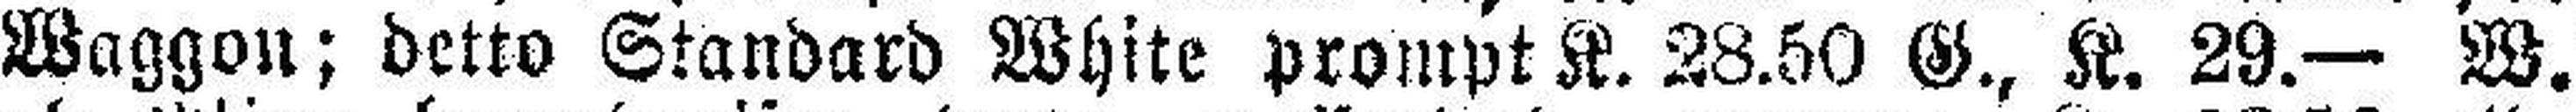
Waggon; detto Standard White prompt K. 28.50 G., K. 29.— W.